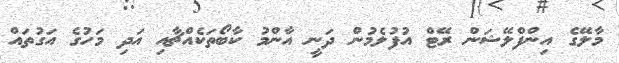
މާލޭގެ އިންފްލޭޝަން ރޭޓް އުފުލެމުން ދަނީ އާންމު ކާބޯތަކެއްޗާއި އަދި މަހުގެ އަގުތައް